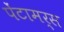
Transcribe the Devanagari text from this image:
पेंटामर्स